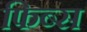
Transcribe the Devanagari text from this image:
फिब्स